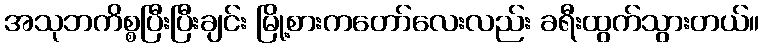
အသုဘကိစ္စပြီးပြီးချင်း မြို့စားကတော်လေးလည်း ခရီးထွက်သွားတယ်။